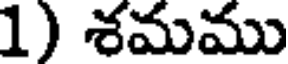
1) శమము